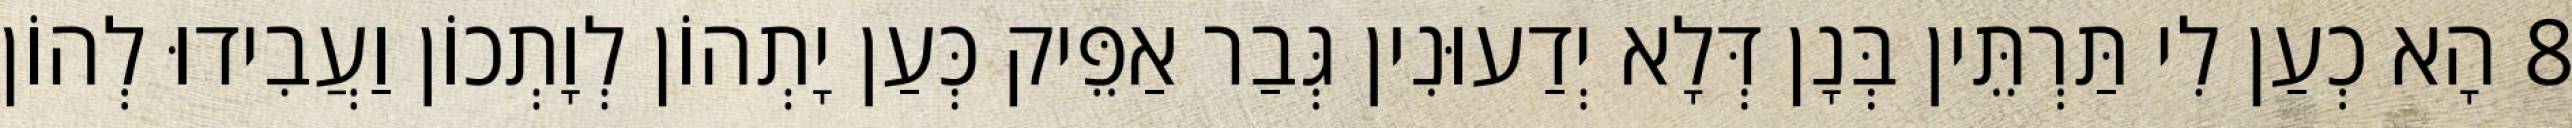
8 הָא כְעַן לִי תַּרְתֵּין בְּנָן דְּלָא יְדַעוּנִין גְּבַר אַפֵּיק כְּעַן יָתְהוֹן לְוָתְכוֹן וַעֲבִידוּ לְהוֹן